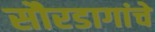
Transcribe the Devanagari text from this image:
सौरडागांचे